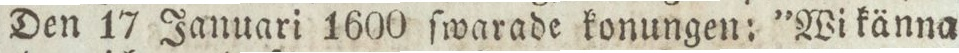
Den 17 Januari 1600 ſwarade konungen: ”Wi känna